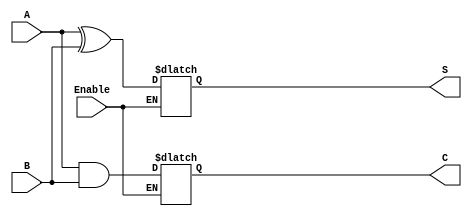
module Conditional_Half_Adder (
    input wire A,        // First input bit
    input wire B,        // Second input bit
    input wire Enable,   // Control signal
    output reg S,        // Sum output
    output reg C         // Carry output
);

// Always block to handle the conditional logic
always @(*) begin
    if (Enable) begin
        S = A ^ B;      // Calculate sum using XOR
        C = A & B;      // Calculate carry using AND
    end else begin
        // Retain previous values
        S = S;          // Hold sum output
        C = C;          // Hold carry output
    end
end

endmodule